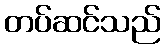
တပ်ဆင်သည်